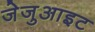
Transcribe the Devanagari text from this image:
जेजुआइट